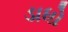
ડાધો